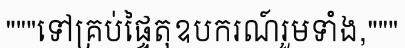
"""ទៅគ្រប់ផ្ទៃតុឧបករណ៍រួមទាំង,"""